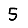
Digit: 5